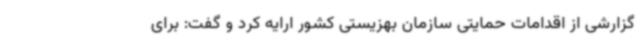
گزارشی از اقدامات حمایتی سازمان بهزیستی کشور ارایه کرد و گفت: برای